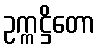
ဥက္ကဋ္ဌိတော